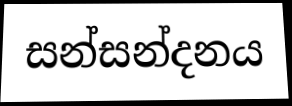
සන්සන්දනය